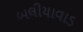
બલીયાવાડ